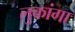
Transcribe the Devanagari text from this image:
लुकांगा